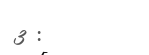
3 :